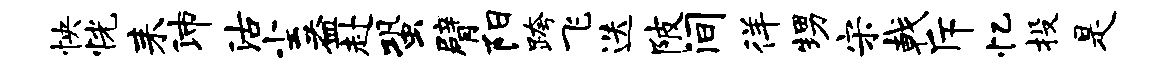
怏恍耒沛沽尘益赴蛩臂阳跨飞迭陂间徉甥宋戟斥忆投是